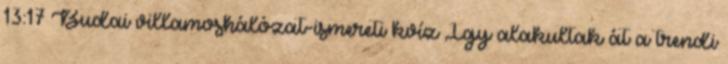
13:17 Budai villamoshálózat-ismereti kvíz Így alakultak át a trendi